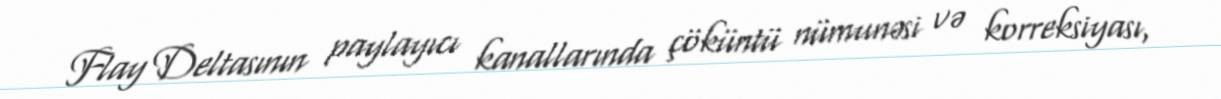
Flay Deltasının paylayıcı kanallarında çöküntü nümunəsi və korreksiyası,